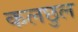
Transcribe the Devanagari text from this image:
कलछुल